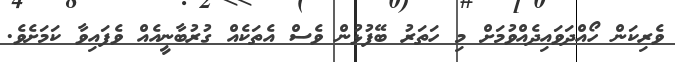
ވެރިކަން ހޯއްދަވައިދެއްވުމަށް މި ހަތަރު ބޭފުޅުން ވެސް އެތަކެއް ގުރުބާނީއެއް ވެފައިވާ ކަމަށެވެ.